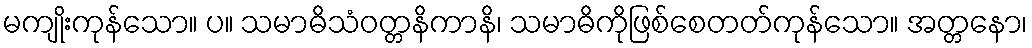
မကျိုးကုန်သော။ ပ။ သမာဓိသံဝတ္တနိကာနိ၊ သမာဓိကိုဖြစ်စေတတ်ကုန်သော။ အတ္တနော၊